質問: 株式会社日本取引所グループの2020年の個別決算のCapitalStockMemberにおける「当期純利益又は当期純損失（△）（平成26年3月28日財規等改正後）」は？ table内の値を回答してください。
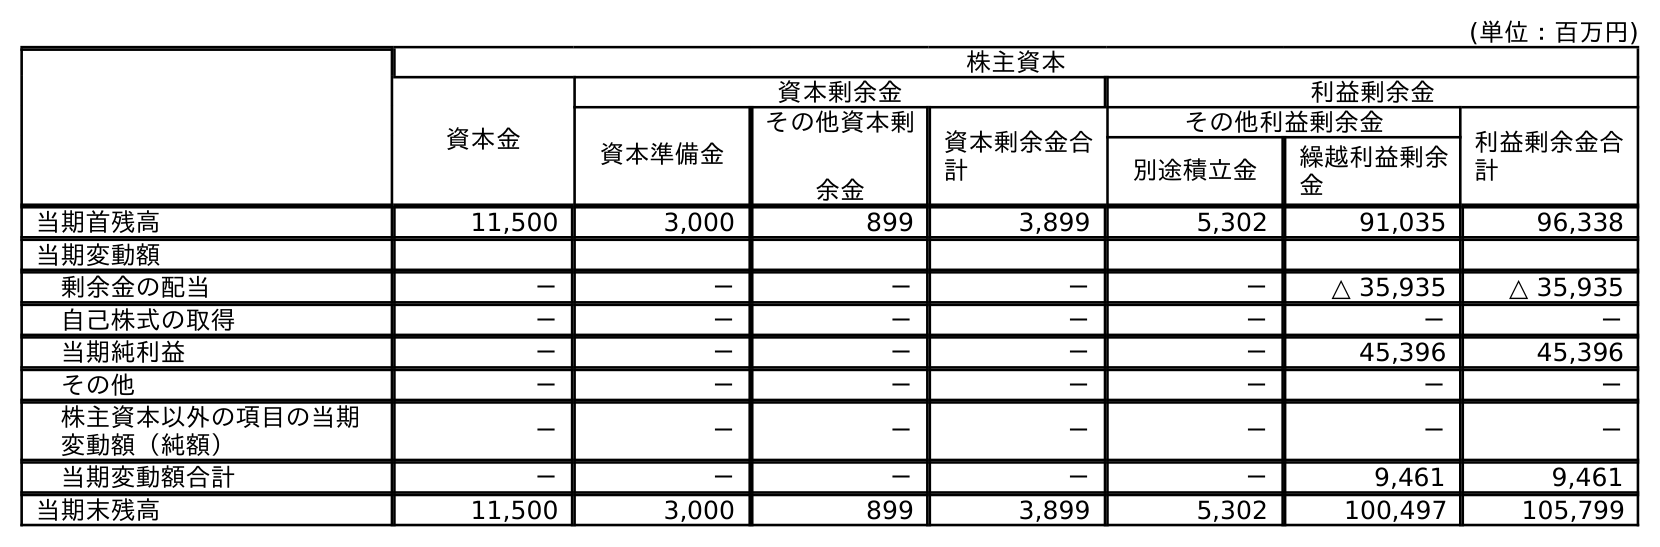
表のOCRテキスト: (単位：百万円) 株主資本 資本金 資本剰余金 利益剰余金 資本準備金 その他資本剰 余金 資本剰余金合 計 その他利益剰余金 利益剰余金合 計 別途積立金 繰越利益剰余 金 当期首残高 11,500 3,000 899 3,899 5,302 91,035 96,338 当期変動額 剰余金の配当 － － － － － △ 35,935 △ 35,935 自己株式の取得 － － － － － － － 当期純利益 － － － － － 45,396 45,396 その他 － － － － － － － 株主資本以外の項目の当期 変動額（純額） － － － － － － － 当期変動額合計 － － － － － 9,461 9,461 当期末残高 11,500 3,000 899 3,899 5,302 100,497 105,799
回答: －